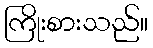
ကြိုးစားသည်။